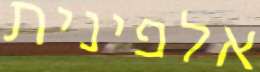
אלפינית